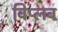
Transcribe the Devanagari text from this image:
विप्लब